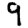
Digit: 9